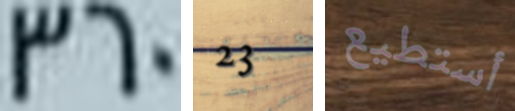
360 23 أستطيع